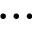
\ldots